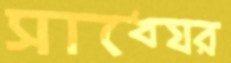
সাধ্যের